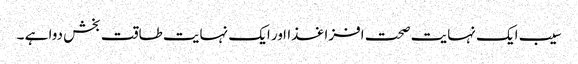
سیب ایک نہایت صحت افزا غذااور ایک نہایت طاقت بخش دوا ہے ۔